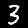
Digit: 3